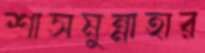
শাসমুন্নাহার